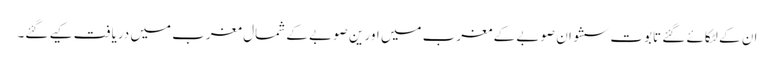
ان کے لٹکائے گئے تابوت سشوان صوبے کے مغرب میں اور ین صوبے کے شمال مغرب میں دریافت کیے گئے۔